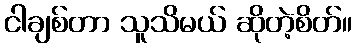
ငါချစ်တာ သူသိမယ် ဆိုတဲ့စိတ်။